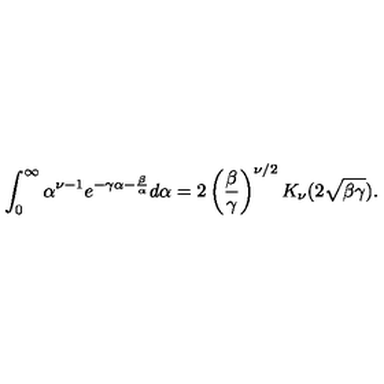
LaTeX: \int _ { 0 } ^ { \infty } \alpha ^ { \nu - 1 } e ^ { - \gamma \alpha - \frac { \beta } { \alpha } } d \alpha = 2 \left( \frac { \beta } { \gamma } \right) ^ { \nu / 2 } K _ { \nu } ( 2 \sqrt { \beta \gamma } ) .